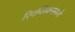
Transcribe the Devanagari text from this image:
रिपब्लिकनमध्ये